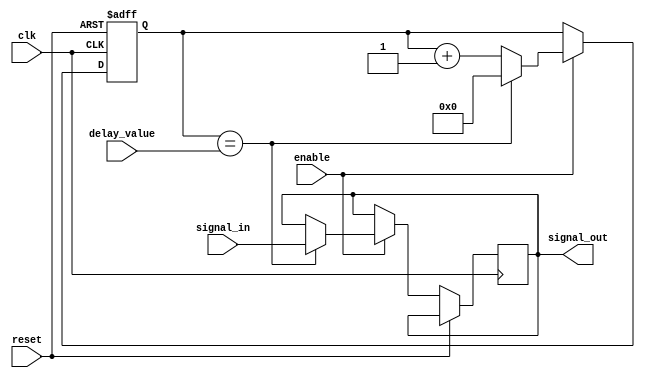
module rc_delay_block (
  input wire clk,
  input wire reset,
  input wire enable,
  input wire [7:0] delay_value,
  input wire [1:0] signal_in,
  output reg [1:0] signal_out
);

  reg [7:0] delay_counter;

  always @(posedge clk or posedge reset) begin
    if (reset) begin
      delay_counter <= 8'b00000000;
    end else if (enable) begin
      if (delay_counter == delay_value) begin
        signal_out <= signal_in;
        delay_counter <= 8'b00000000;
      end else begin
        delay_counter <= delay_counter + 1;
      end
    end
  end

endmodule